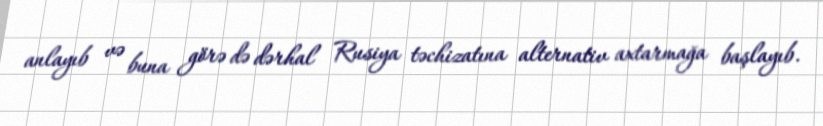
anlayıb və buna görə də dərhal Rusiya təchizatına alternativ axtarmağa başlayıb.